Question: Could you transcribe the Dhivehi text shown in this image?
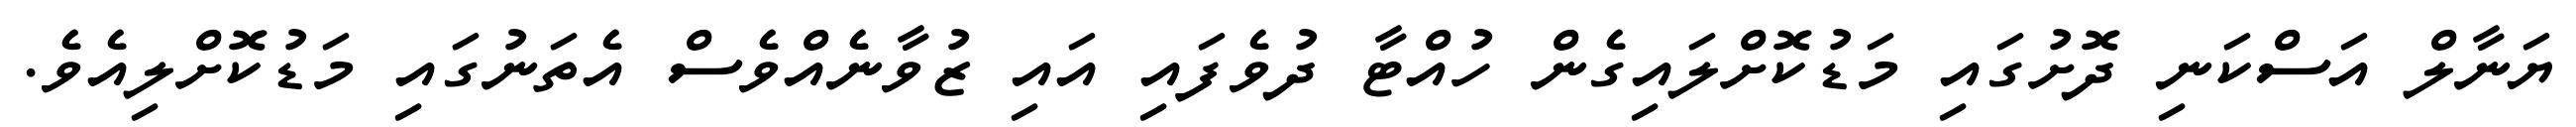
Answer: ޔަނާލް އަސްކަނި ދޮށުގައި މަޑުކޮށްލައިގެން ހުއްޓާ ދުވެފައި އައި ޒުވާނެއްވެސް އެތަނުގައި މަޑުކޮށްލިއެވެ.